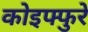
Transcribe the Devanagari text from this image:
कोइफ्फुरे